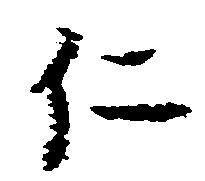
仁